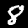
Label: 8